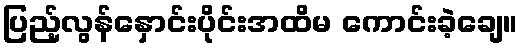
ပြည့်လွန်နှောင်းပိုင်းအထိမ ကောင်းခဲ့ချေ။